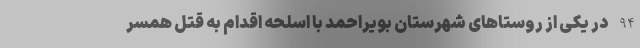
94 در یکی از روستاهای شهرستان بویراحمد با اسلحه اقدام به قتل همسر